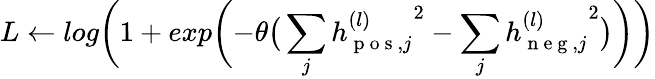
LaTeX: L\gets log\bigg(1+exp\bigg({-\theta\big(\sum_{j}{h_{\mathrm{~p~o~s~},j}^{(l)}}^{2}-\sum_{j}{h_{\mathrm{~n~e~g~},j}^{(l)}}^{2}\big)\bigg)}\bigg)